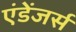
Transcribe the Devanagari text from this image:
एंडेंजर्स